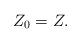
LaTeX: \begin{align*}Z_0 = Z.\end{align*}